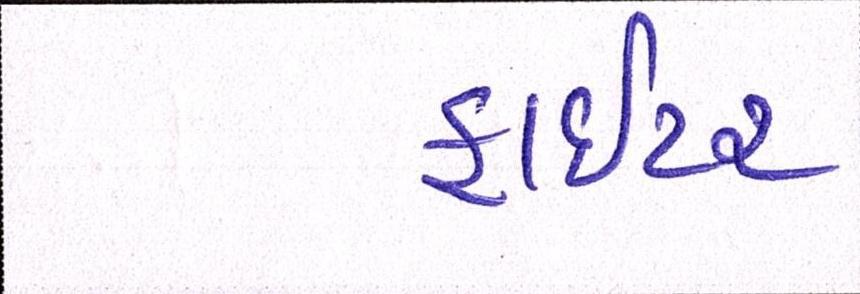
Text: ફાઈટર